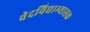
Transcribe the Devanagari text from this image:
वेदविद्याभ्यासक